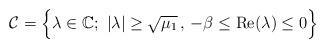
LaTeX: \begin{align*}{\mathcal C}=\Big\{\lambda\in \mathbb C; \ |\lambda|\geq \sqrt{\mu_1}\,, \,-\beta\leq {\rm Re}(\lambda)\leq 0\Big\}\end{align*}